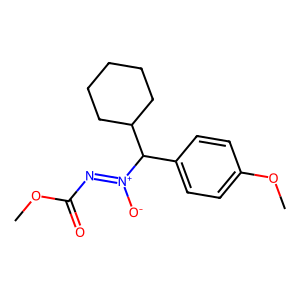
SMILES: COC(=O)N=[N+]([O-])C(c1ccc(OC)cc1)C1CCCCC1
Inhibits HIV replication: No